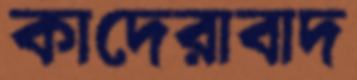
কাদেরাবাদ